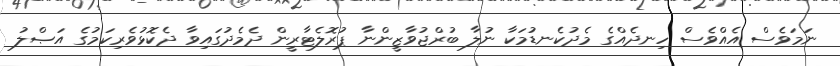
ނަމަވެސް އެއްވެސް ހިނދެއްގެ މެދުކެނޑުމަކާ ނުލާ ބުރްޖުވާޒީންނާ ޕުރޮލެޓާރީން ދެމެދުގައިވާ ދެކޮޅުވެރިކަމުގެ އަޞްލު